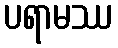
ပရာမဿ